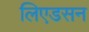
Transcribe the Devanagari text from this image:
लिएडसन